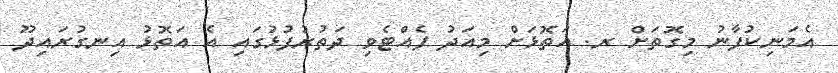
އެމަނިކުފާނު މިގޮތަށް ރ. އަތޮޅަށް މިއަދު ފެއްޓެވި ދަތުރުފުޅުގައި އެ އަތޮޅު އިނގުރައިދޫ